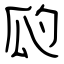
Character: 瓝